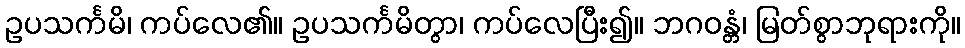
ဥပသင်္ကမိ၊ ကပ်လေ၏။ ဥပသင်္ကမိတွာ၊ ကပ်လေပြီး၍။ ဘဂဝန္တံ၊ မြတ်စွာဘုရားကို။